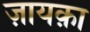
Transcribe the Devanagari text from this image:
ज़ायक़ा